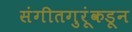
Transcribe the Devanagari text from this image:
संगीतगुरूंकडून